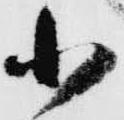
小